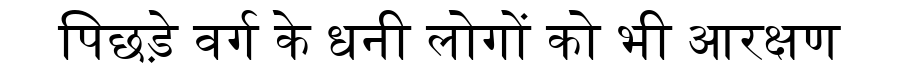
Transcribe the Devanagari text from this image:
पिछड़े वर्ग के धनी लोगों को भी आरक्षण